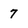
Character: 7